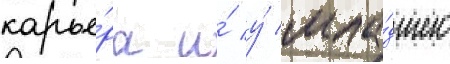
карье́ра и́ у́ мла́дшего